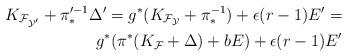
LaTeX: \begin{align*}K_{\cal F_{Y'}}+\pi'^{-1}_*\Delta' = g^*(K_{\cal F_Y}+\pi_*^{-1})+\epsilon (r-1)E' =\\g^*(\pi^*(K_{\cal F}+\Delta)+bE)+\epsilon(r-1)E'\end{align*}